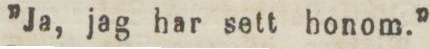
”Ja, jag har sett honom.”